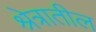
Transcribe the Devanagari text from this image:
श्रेत्रातील